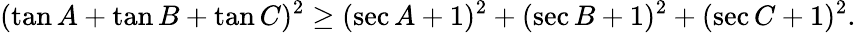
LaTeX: (\tan A+\tan B+\tan C)^{2}\geq(\sec A+1)^{2}+(\sec B+1)^{2}+(\sec C+1)^{2}.